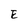
Character: E